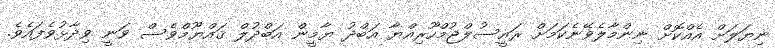
ނިޔަލަށް އެއްކޮށް ނިންމާލެވޭނެކަމަށް ރައީސުލްޖުމްހޫރިއްޔާ އަބްދު ޔާމީން އަބްދުލް ޤައްޔޫމްވެސް ވަނީ ވިދާޅުވެފައެވެ.